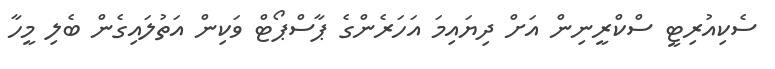
ސެކިއުރިޓީ ސްކްރީނިން އަށް ދިޔައިމަ އަހަރެންގެ ޕާސްޕޯޓް ވަކިން އަތުލައިގެން ބެލި މީހާ